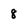
Character: 8